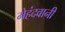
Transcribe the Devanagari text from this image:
मेहंदवानी